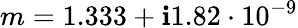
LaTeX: m=1.333+\mathbf{i}1.82\cdot10^{-9}